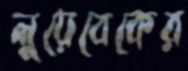
লুয়েবেকের